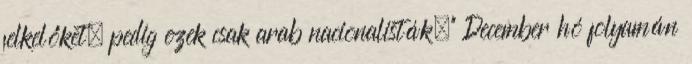
felkelőket, pedig ezek csak arab nacionalisták.” December hó folyamán